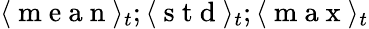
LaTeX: \langle\mathrm{~m~e~a~n~}\rangle_{t};\langle\mathrm{~s~t~d~}\rangle_{t};\langle\mathrm{~m~a~x~}\rangle_{t}